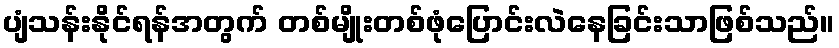
ပျံသန်းနိုင်ရန်အတွက် တစ်မျိုးတစ်ဖုံပြောင်းလဲနေခြင်းသာဖြစ်သည်။